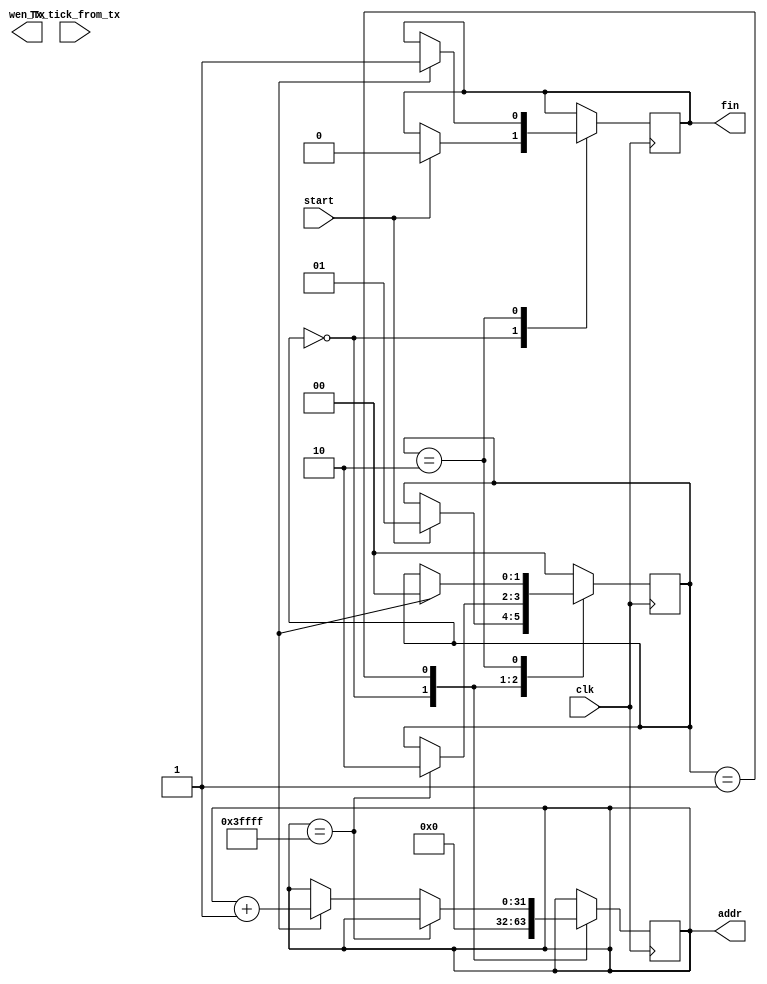
`timescale 1ns / 1ps
//////////////////////////////////////////////////////////////////////////////////
// Company: 
// Engineer: 
// 
// Design Name: 
// Module Name: data_retriever
// Project Name: 
// Target Devices: 
// Tool Versions: 
// Description: 
// 
// Dependencies: 
// 
// Revision:
// Revision 0.01 - File Created
// Additional Comments:
// 
//////////////////////////////////////////////////////////////////////////////////


module data_retriever(input clk,
                      output reg [31:0] addr=32'b0,
                      output wen_Tx,
                      output reg fin,
                      input start,
                      input Tx_tick_from_tx);

//input        clk,Tx_tick_from_tx,start;
//input [17:0] end_add;

//output reg [17:0] addr=18'b0;
//output            wen_Tx;
//output reg        fin=0;

reg       wen=0;
reg [1:0] STATE=2'b00;
reg       a=1;
reg       b=1;
wire      Tx_tick;

parameter IDLE=2'b0;
parameter TRANSMITTING=2'b01;
parameter DONE=2'b10;


//Tx_modifier  Tx_modifier(
//					.Tx_tick_retreiver(Tx_tick),
//					.wen_retreiver(wen),
//					.Tx_tick_Tx(Tx_tick_from_tx),
//					.wen_Tx(wen_Tx),
//					.end_address(end_add), //change this inorder to SEND different sizes of images   .put "end_add"/18'b111111111111111111 in brackets
//					.address(addr)
//					);

					

always @(posedge clk)
 case(STATE)
	 IDLE:
		begin
			addr<=32'b0;
			if (start)
				begin
					fin<=0;
					STATE<=TRANSMITTING;
				end
		end
	 TRANSMITTING:
		begin
			wen<=1;
			if (addr==32'd262143 ) //final addr
				begin
					STATE<=DONE;
				end
			else if(Tx_tick==1)
				begin
					addr<=addr+1;
				end
		end
	 DONE:
			if(Tx_tick==1)
				begin
					STATE<=IDLE;
					fin<=1;
					wen<=0;
				end
	 default: STATE<=IDLE;
 endcase
 
endmodule